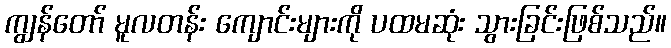
ကျွန်တော် မူလတန်း ကျောင်းများကို ပထမဆုံး သွားခြင်းဖြစ်သည်။